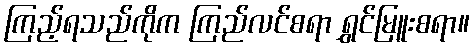
ကြည့်ရသည်ကိုက ကြည်လင်စရာ ရွှင်မြူးစရာ။